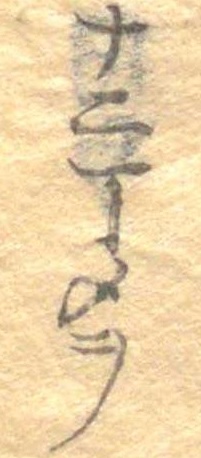
十二丁メヲ